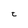
Character: t